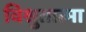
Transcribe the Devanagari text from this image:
विश्रुतात्मा